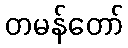
တမန်တော်